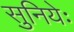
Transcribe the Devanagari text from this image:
सुनियेः